Indian journal of veterinary science and animal husbandry - Volume 3,
Year: 1933
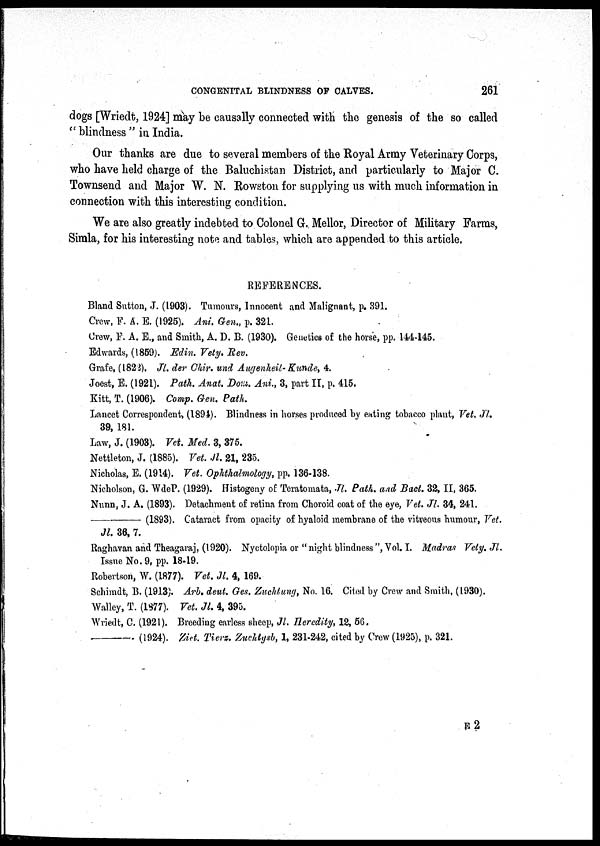
CONGENITAL BLINDNESS OF CALVES.
261
dogs [Wriedt, 1924] may be causally connected with the genesis of the so called
"blindness" in India.
Our thanks are due to several members of the Royal Army Veterinary Corps,
who have held charge of the Baluchistan District, and particularly to Major C.
Townsend and Major W. N. Rowston for supplying us with much information in
connection with this interesting condition.
We are also greatly indebted to Colonel G. Mellor, Director of Military Farms,
Simla, for his interesting note and tables, which are appended to this article.
REFERENCES.
Bland Sutton, J. (1903). Tumours, Innocent and Malignant, p. 391.
Crew, F. A. E. (1925). Ani. Gen., p. 321.
Crew, F. A. E., and Smith, A. D. B. (1930). Genetics of the horse, pp. 144-145.
Edwards, (1859). Edin. Vety. Rev.
Grafe, (1822). Jl. der Chir. und Augenheil- Kunde, 4.
Joest, E. (1921). Path. Anat. Dom. Ani, 3, part II, p. 415.
Kitt, T. (1906). Comp. Gen. Path.
Lancet Correspondent, (1894). Blindness in horses produced by eating tobacco plant, Vet. Jl.
39, 181.
Law, J. (1903). Vet. Med. 3, 375.
Nettleton, J. (1885). Vet. Jl. 21, 235.
Nicholas, E. (1914). Vet. Ophthalmology, pp. 136-138.
Nicholson, G. WdeP, (1929). Histogeny of Teratomata, Jl. Path. and Bact. 32, II, 365.
Nunn, J. A. (1893). Detachment of retina from Choroid coat of the eye, Vet. Jl. 34, 241.
—
(1893). Cataract from opacity of hyaloid membrane of the vitreous humour, Vet.
Jl. 36, 7.
Raghavan and Theagaraj, (1920). Nyctolopia or " night blindness", Vol. I. Madras Vety. Jl.
Issue No. 9, pp. 18-19.
Robertson, W. (1877). Vet. Jl. 4, 169.
Schimdt, B. (1913). Arb. deut. Ges. Zuchtung, No. 16. Cited by Crew and Smith, (1930).
Walley, T. (1877). Vet. Jl. 4, 395.
Wriedt, C. (1921). Breeding earless sheep, Jl. Heredity, 12, 56.
—
(1924). Ziet. Tierz. Zuchtgsb, 1, 231-242, cited by Crew (1925), p. 321.
E 2